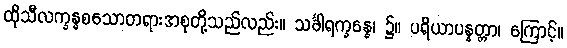
ထိုသီလက္ခန္ဓစသောတရားအစုတို့သည်လည်း။ သင်္ခါရက္ခန္ဓေ၊ ၌။ ပရိယာပန္နတ္တာ၊ ကြောင့်။